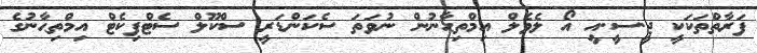
ފަރާތްތަކަކީ ޖީ.ސީ.އީ އޯ ލެވެލް އިމްތިޙާނުން ނުވަތަ ސެކަންޑަރީ ސްކޫލް ސެޓްފިކެޓް އިމްތިޙާނުގެ